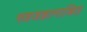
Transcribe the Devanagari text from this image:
सहजज्ञानाश्रित